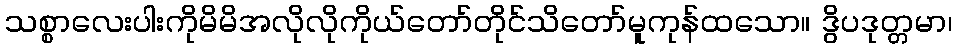
သစ္စာလေးပါးကိုမိမိအလိုလိုကိုယ်တော်တိုင်သိတော်မူကုန်ထသော။ ဒွိပဒုတ္တမာ၊